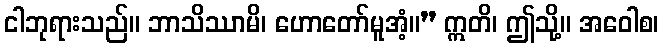
ငါဘုရားသည်။ ဘာသိဿာမိ၊ ဟောတော်မူအံ့။” ဣတိ၊ ဤသို့။ အဝေါစ၊